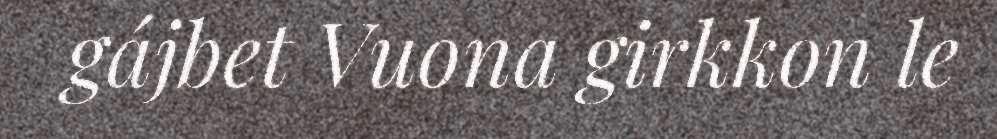
gájbet Vuona girkkon le